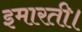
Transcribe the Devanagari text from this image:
इमारती।